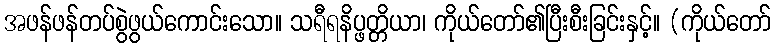
အဖန်ဖန်တပ်စွဲဖွယ်ကောင်းသော။ သရီရနိပ္ဖတ္တိယာ၊ ကိုယ်တော်၏ပြီးစီးခြင်းနှင့်။ (ကိုယ်တော်